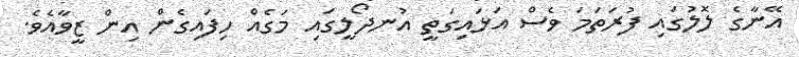
އޭނާގެ ލޮލުގައި ފުރަތަމަ ވެސް އަޅައިގަތީ އުނދޯލީގައި މަގެއް ހިފައިގެން އިން ޒީވާއެވެ.